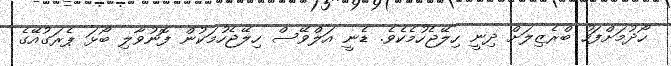
ހޯދުމަށްފަހު ބްރެޒިލަށް ދިނީ ހިލޭޖެހުމެކެވެ. ޑެނީ އަލްވޭސް ހިލޭޖެހުމަކުން ފޮނުވާލި ބޯޅަ ޕެރަގުއޭގެ